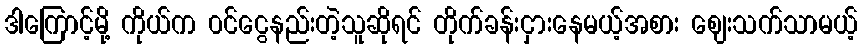
ဒါကြောင့်မို့ ကိုယ်က ၀င်ငွေနည်းတဲ့သူဆိုရင် တိုက်ခန်းငှားနေမယ့်အစား ဈေးသက်သာမယ့်